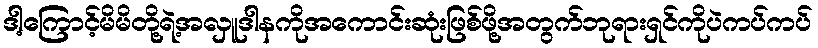
ဒါ့ကြောင့်မိမိတို့ရဲ့အလှူဒါနကိုအကောင်းဆုံးဖြစ်ဖို့အတွက်ဘုရားရှင်ကိုပဲကပ်ကပ်